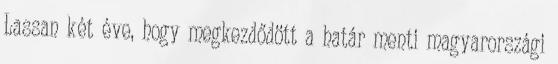
Lassan két éve, hogy megkezdődött a határ menti magyarországi